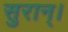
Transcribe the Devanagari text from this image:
सुरान्।